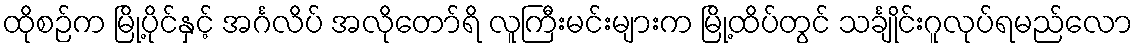
ထိုစဉ်က မြို့ပိုင်နှင့် အင်္ဂလိပ် အလိုတော်ရိ လူကြီးမင်းများက မြို့ထိပ်တွင် သင်္ချိုင်းဂူလုပ်ရမည်လော